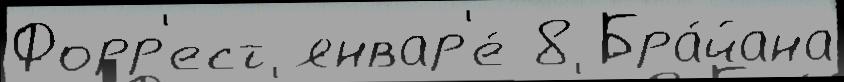
Форр'ест январ'е́ 8 Бра́йана